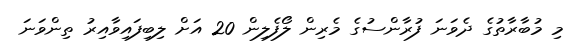
މި މުބާރާތުގެ ދެވަނަ ފުރާންސުގެ މެރިން ލޯފެލިން 20 އަށް ލިބިފައިވާއިރު ތިންވަނަ